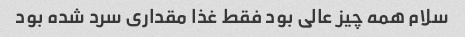
سلام همه چیز عالی بود فقط غذا مقداری سرد شده بود